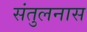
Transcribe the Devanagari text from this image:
संतुलनास